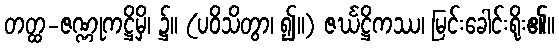
တတ္ထ-ဇဏ္ဏုကဋ္ဌိမှိ၊ ၌။ (ပဝိသိတွာ၊ ၍။) ဇင်္ဃဋ္ဌိကဿ၊ မြင်းခေါင်းရိုး၏။